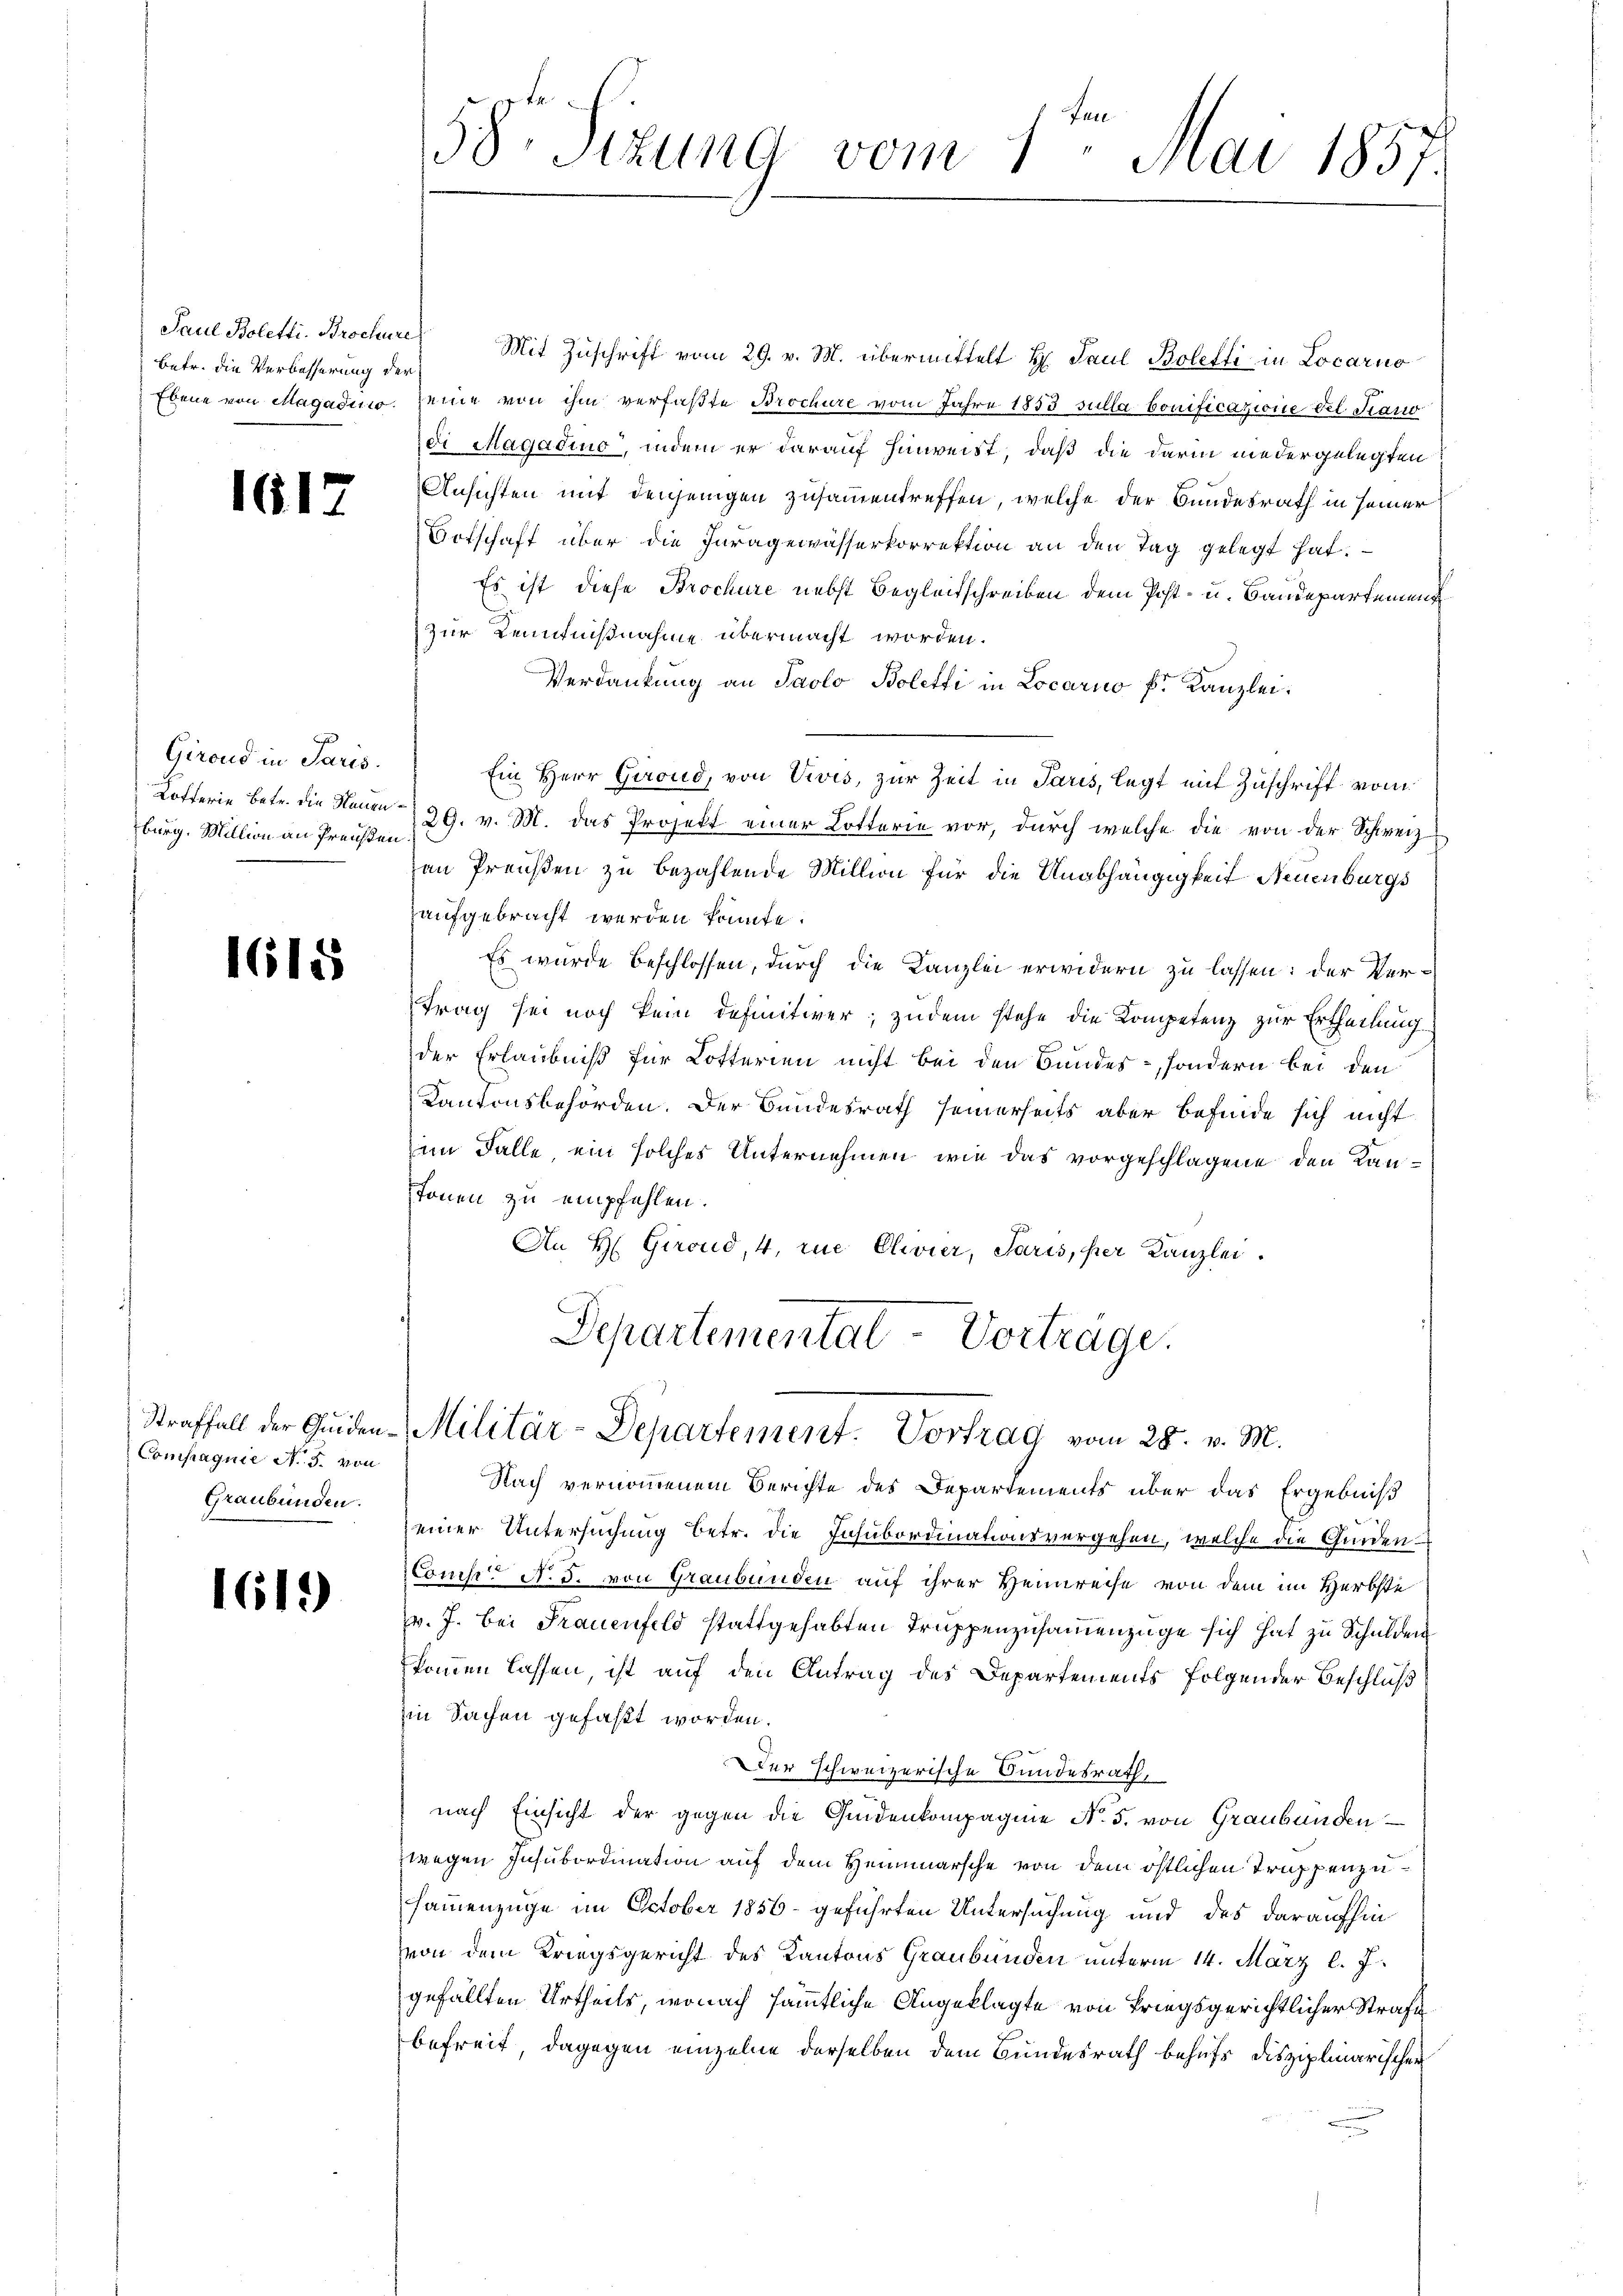
Paul Boletti. Brochüre
betr. die Verbesserung der

1617

Girend in Paris.
Kofferie Betr. die Neuenburg. Mition an Preisen

1615

Compagnie No. 5. von
Graubünden.

1619

58. Sizung vom 1ten Mai 1857.

Mit Zuschrift vom 29. v. M. übermittelt H. Paul Boletti in Locarno
Ebene von Magadino, Deine von ihm verfaßte Brochüre vom Jahre 1853 sulla bonificazione Fel. Sano
di Magadino, indem er darauf hinweist, daß die darin niedergelegten
Ansichten mit denjenigen zusammentreffen, welche der Bundesrath in seiner
Ortschaft über die Paragewasserkorrektion an den Tag gelegt hat.
Es ist diese Brochüre nebst Begleitschreiben dem Post- u. Bandepartement
zur Kennißnahme übermacht worden.
Verdankung an Paolo Boletti in Locarno k. Kanzlei.
Ein Herr Girond, von Vivis, zur Zeit in Paris, legt mit Zuschrift vom
29. v. M. das Projekt einer Lotterie vor, durch welche die von der Schweiz
van Preußen zu bezahlende Million für die Anabhängigkeit Neuenburgs
haufgebracht werden könnte.
Es wurde beschlossen, durch die Kanzlei erwidern zu lassen: der Vertrag sei noch kein definitiver, zudem stehe die Kompetenz zur Ertheilung
der Erlaubniß für Lotterien nicht bei den Bundes-, sondern bei den
Kantonsbehörden. Der Bundesrath seinerseits aber befinde sich nicht
im Falle ein solches Unternehmen, wie das vorgeschlagene den Kanstonen zu empfehlen.
An H. Girond, 4, ie Clivier, Paris, per Kanzlei.
Departementat Vortrage.
.
Straffall der Guiden-Militär-Departement. Vortrag vom 28. v. M.
Nach vernommenem Berichte des Departements über das Ergebniß
einer Untersuchung betr. die Insubordinationsvergehen, welche die Gunden
Coms N. 5. von Graubünden auf ihrer Heimreise von dem im Herbste
v. J. bei Frauenfeld stattgehabten Truppenzusammenzüge sich hat zu Schulden
kommen lassen, ist auf den Antrag des Departements folgender Beschluß
in Sachen gefaßt worden.
Der schweizerische Bundesrath,
nach Einsicht der gegen die Gedenkompagnie No. 5. von Graubünden
zwegen Insubordination auf dem Heimarsche von dem östlichen Truppenzusammenzüge im October 1856 - geführten Untersuchung und des daraufhin
von dem Kriegsgericht des Kantons Graubünden unterm 14. März l. J.
gefällten Urtheils, wonach sämmtliche Angeklagte von Kriegsgerichtlicher Strafe
befreit, dagegen einzelne derselben dem Bundesrath behufs disziplinarischen